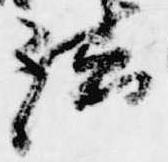
法